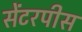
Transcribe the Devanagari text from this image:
सेंटरपीस